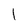
Character: l